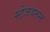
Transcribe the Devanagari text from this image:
स्टेजवरून